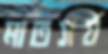
মাতসর্য